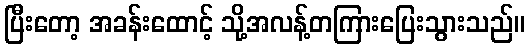
ပြီးတော့ အခန်းထောင့် သို့အလန့်တကြားပြေးသွားသည်။